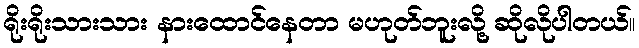
ရိုးရိုးသားသား နားထောင်နေတာ မဟုတ်ဘူးလို့ ဆိုလိုပါတယ်။